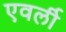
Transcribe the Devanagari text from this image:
एवर्ली